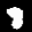
Label: 8